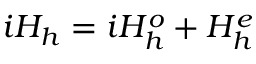
i H _ { h } = i H _ { h } ^ { o } + H _ { h } ^ { e }